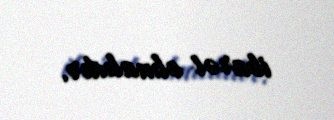
ibarət olmalıdır.